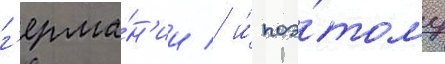
г'ерма́н'ии / и́ поэ́тому